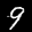
Digit: 9